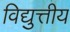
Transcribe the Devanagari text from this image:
विद्युत्तीय